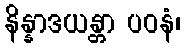
နိန္နာဒယန္တာ ပဝနံ၊